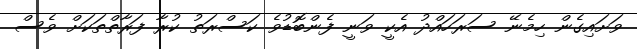
ވަށައިގެން ހިމެނޭ ސަރަހައްދު އެކީ ވަނީ ފެންބޮޑުވެ ކަސްރަތު ކުރާ ފަރާތްތަކަށް ވެސް